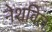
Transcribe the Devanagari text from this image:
नेशविल